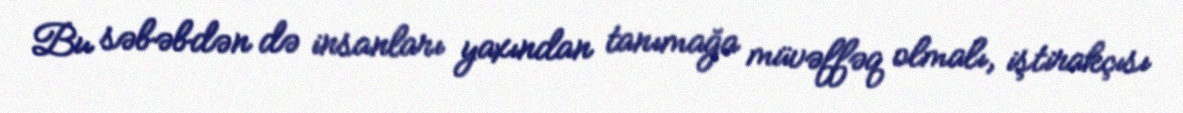
Bu səbəbdən də insanları yaxından tanımağa müvəffəq olmalı, iştirakçısı